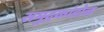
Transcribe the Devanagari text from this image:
समुद्रकांडोळ